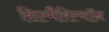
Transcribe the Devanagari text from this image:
सिल्मैरिल्यॉन